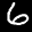
Label: 6